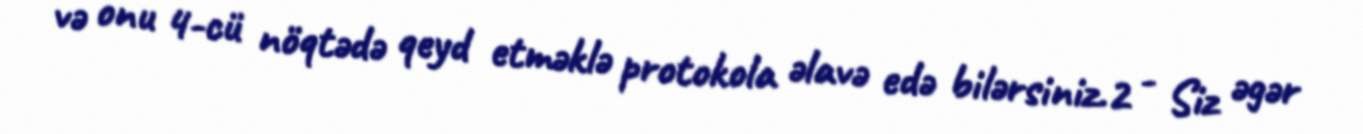
və onu 4-cü nöqtədə qeyd etməklə protokola əlavə edə bilərsiniz.2 - Siz əgər